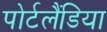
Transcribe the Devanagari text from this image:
पोर्टलैंडिया